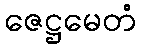
ဇေဋ္ဌမေတံ